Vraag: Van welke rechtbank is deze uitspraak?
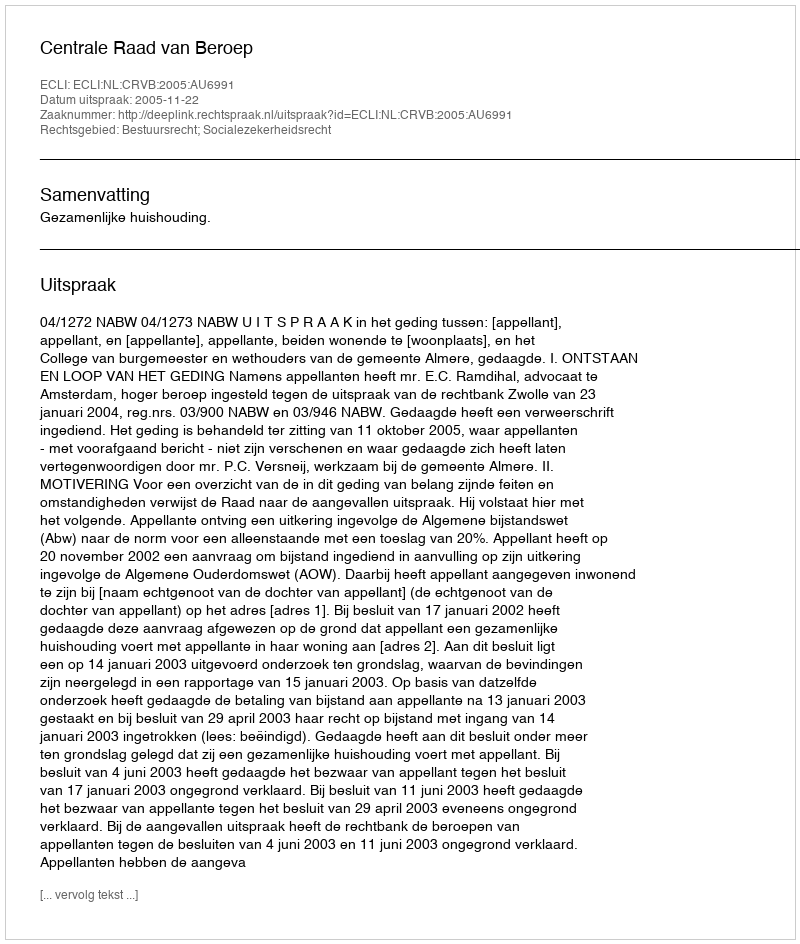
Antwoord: Centrale Raad van Beroep